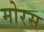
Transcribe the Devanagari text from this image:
मोरस